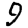
Digit: 9